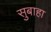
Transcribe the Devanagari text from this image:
सुबाहा